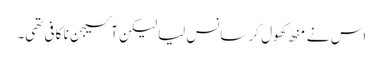
اس نے مُنھ کھول کر سانس لیا لیکن آکسیجن نا کافی تھی۔